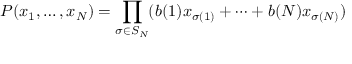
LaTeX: P ( x _ { 1 } , \dots , x _ { N } ) = \prod _ { \sigma \in S _ { N } } ( b ( 1 ) x _ { \sigma ( 1 ) } + \cdots + b ( N ) x _ { \sigma ( N ) } )